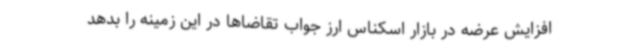
افزایش عرضه در بازار اسکناس ارز جواب تقاضاها در این زمینه را بدهد